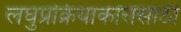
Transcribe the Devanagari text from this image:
लघुप्रक्रियाकारासाठी